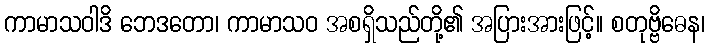
ကာမာသဝါဒိ ဘေဒတော၊ ကာမာသဝ အစရှိသည်တို့၏ အပြားအားဖြင့်။ စတုဗ္ဗိဓေန၊